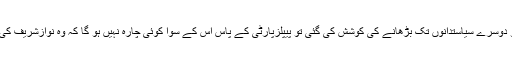
اگر اُس سلسلے کو دوسرے سیاستدانوں تک بڑھانے کی کوشش کی گئی تو پیپلزپارٹی کے پاس اِس کے سوا کوئی چارہ نہیں ہو گا کہ وہ نوازشریف کی ہم نوا بن جائے‘‘۔